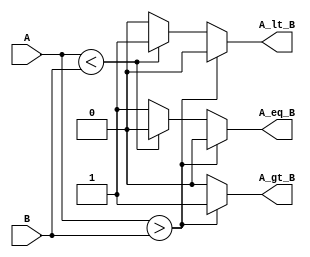
module ParameterizedComparator #(parameter N = 8) (
    input  [N-1:0] A,         // Input A
    input  [N-1:0] B,         // Input B
    output reg A_gt_B,        // Output: A > B
    output reg A_lt_B,        // Output: A < B
    output reg A_eq_B         // Output: A == B
);

    always @(*) begin
        // Initialize outputs to 0
        A_gt_B = 1'b0;
        A_lt_B = 1'b0;
        A_eq_B = 1'b0;

        // Compare the inputs
        if (A > B) begin
            A_gt_B = 1'b1;  // A is greater than B
        end else if (A < B) begin
            A_lt_B = 1'b1;  // A is less than B
        end else begin
            A_eq_B = 1'b1;  // A is equal to B
        end
    end

endmodule